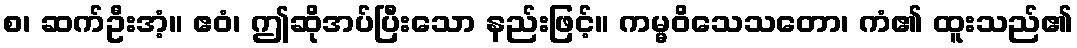
စ၊ ဆက်ဦးအံ့။ ဧဝံ၊ ဤဆိုအပ်ပြီးသော နည်းဖြင့်။ ကမ္မဝိသေသတော၊ ကံ၏ ထူးသည်၏